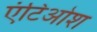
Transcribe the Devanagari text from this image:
एंटिओश